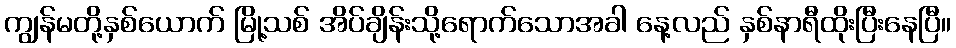
ကျွန်မတို့နှစ်ယောက် မြို့သစ် အိပ်ချိန်းသို့ရောက်သောအခါ နေ့လည် နှစ်နာရီထိုးပြီးနေပြီ။